Civil Veterinary Department Bihar & Orissa reports 1922-29 - 1922-1929
Year: 1922
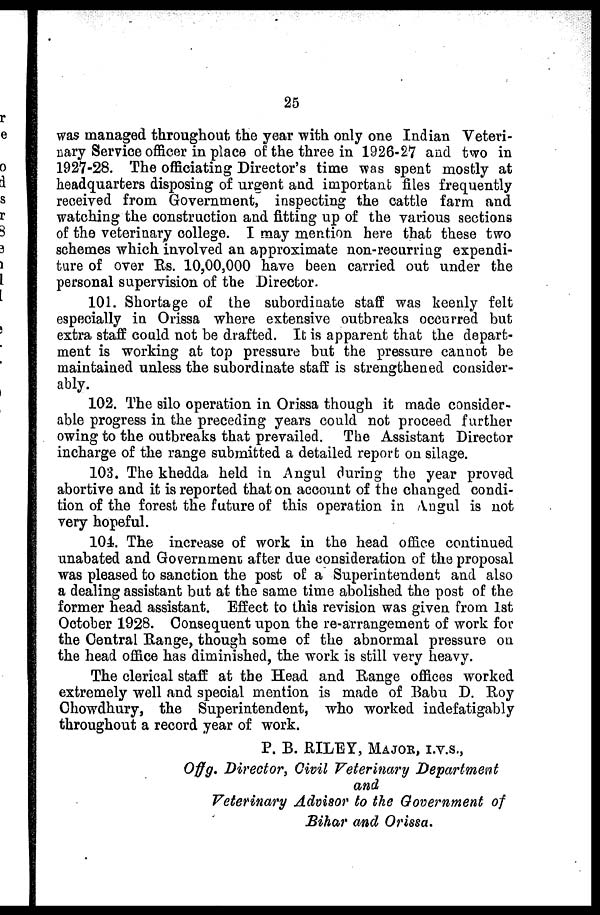
25
was managed throughout the year with only one Indian Veteri-
nary Service officer in place of the three in 1926-27 and two in
1927-28. The officiating Director's time was spent mostly at
headquarters disposing of urgent and important files frequently
received from Government, inspecting the cattle farm and
watching the construction and fitting up of the various sections
of the veterinary college. I may mention here that these two
schemes which involved an approximate non-recurring expendi-
ture of over Rs. 10,00,000 have been carried out under the
personal supervision of the Director.
101. Shortage of the subordinate staff was keenly felt
especially in Orissa where extensive outbreaks occurred but
extra staff could not be drafted. It is apparent that the depart-
ment is working at top pressure but the pressure cannot be
maintained unless the subordinate staff is strengthened consider-
ably.
102. The silo operation in Orissa though it made consider-
able progress in the preceding years could not proceed further
owing to the outbreaks that prevailed. The Assistant Director
incharge of the range submitted a detailed report on silage.
103. The khedda held in Angul during the year proved
abortive and it is reported that on account of the changed condi-
tion of the forest the future of this operation in /Vngul is not
very hopeful.
104. The increase of work in the head office continued
unabated and Government after due consideration of the proposal
was pleased to sanction the post of a Superintendent and also
a dealing assistant but at the same time abolished the post of the
former head assistant. Effect to this revision was given from 1st
October 1928. Consequent upon the re-arrangement of work for
the Central Range, though some of the abnormal pressure on
the head office has diminished, the work is still very heavy.
The clerical staff at the Head and Range offices worked
extremely well and special mention is made of Babu D. Roy
Chowdhury, the Superintendent, who worked indefatigably
throughout a record year of work.
P. B. RILEY, MAJOR, I.V.S.,
Offg. Director, Givil Veterinary Department
and
Veterinary Advisor to the Government of
Bihar and Orissa.